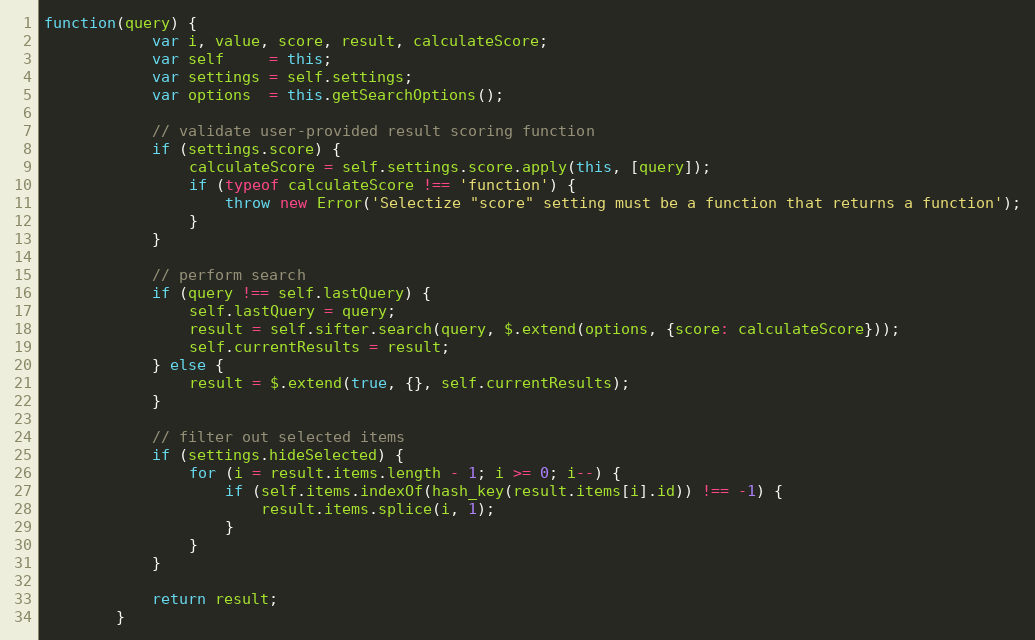
Language: JavaScript
function(query) {
			var i, value, score, result, calculateScore;
			var self     = this;
			var settings = self.settings;
			var options  = this.getSearchOptions();

			// validate user-provided result scoring function
			if (settings.score) {
				calculateScore = self.settings.score.apply(this, [query]);
				if (typeof calculateScore !== 'function') {
					throw new Error('Selectize "score" setting must be a function that returns a function');
				}
			}

			// perform search
			if (query !== self.lastQuery) {
				self.lastQuery = query;
				result = self.sifter.search(query, $.extend(options, {score: calculateScore}));
				self.currentResults = result;
			} else {
				result = $.extend(true, {}, self.currentResults);
			}

			// filter out selected items
			if (settings.hideSelected) {
				for (i = result.items.length - 1; i >= 0; i--) {
					if (self.items.indexOf(hash_key(result.items[i].id)) !== -1) {
						result.items.splice(i, 1);
					}
				}
			}

			return result;
		}